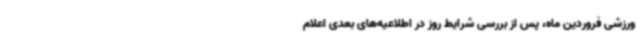
ورزشی فروردین ماه، پس از بررسی شرایط روز در اطلاعیه‌های بعدی اعلام